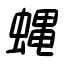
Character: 蝿